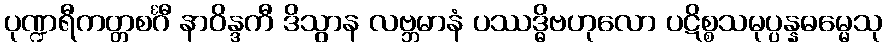
ပုဏ္ဍရီကတ္တစင်္ဂီ နာဝိန္ဒကီ ဒိသွာန လဗ္ဘမာနံ ပဿဒ္ဓိဗဟုလော ပဋိစ္စသမုပ္ပန္နဓမ္မေသု